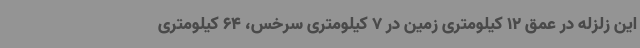
این زلزله در عمق 12 کیلومتری زمین در 7 کیلومتری سرخس، 64 کیلومتری